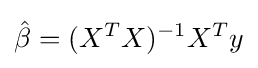
{\hat {\beta }}=(X^{T}X)^{-1}X^{T}y